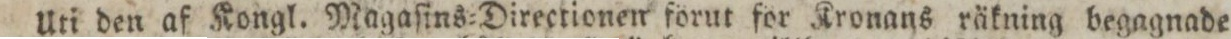
Uti den af Kongl. Magaſins=Directionen förut för Kronans räkning begagnade